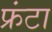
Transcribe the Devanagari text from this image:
फ्रंटा